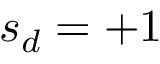
s _ { d } = + 1